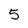
Character: 5